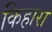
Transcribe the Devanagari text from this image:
किहारा